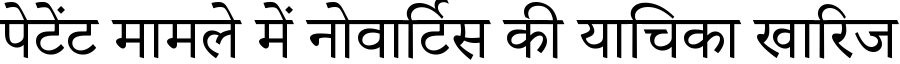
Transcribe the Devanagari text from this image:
पेटेंट मामले में नोवार्टिस की याचिका खारिज